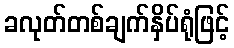
ခလုတ်တစ်ချက်နှိပ်ရုံဖြင့်